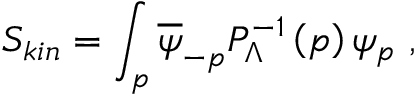
S _ { k i n } = \int _ { p } \overline { { \psi } } _ { - p } P _ { \Lambda } ^ { - 1 } \left( p \right) \psi _ { p } \ ,